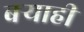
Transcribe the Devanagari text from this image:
बर्‍याही